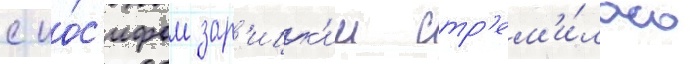
с ио́с'ифом зар'ицк'им стр'ем'и́лась